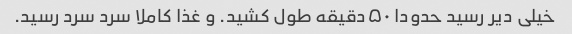
خیلی دیر رسید حدودا ۵۰دقیقه طول کشید. و غذا کاملا سرد سرد رسید.